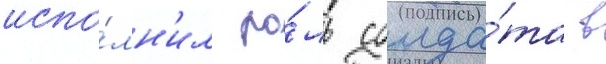
испо́лн'ил ро́ль солда́та в